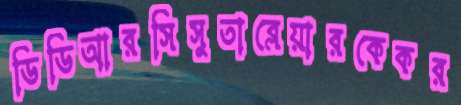
ডিডিআরসিসুতাব্লেয়ারকেকর